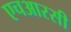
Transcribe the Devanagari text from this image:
एचआरसी